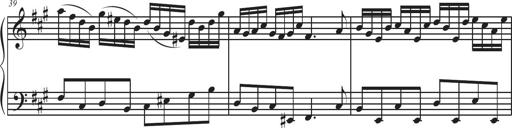
Title: Sonatina Espania
Composer: Jerald Franklin Archer
Key: Various